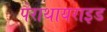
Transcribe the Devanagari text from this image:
पैराथायराइड